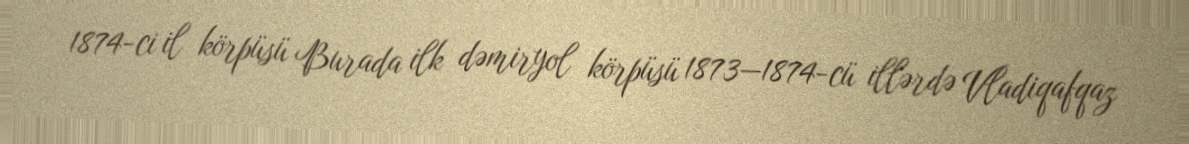
1874-ci il körpüsü Burada ilk dəmiryol körpüsü 1873—1874-cü illərdə Vladiqafqaz